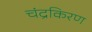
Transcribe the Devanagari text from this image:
चंद्रकिरण